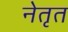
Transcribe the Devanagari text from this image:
नेतृत